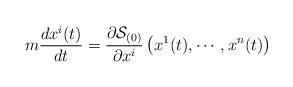
LaTeX: \begin{align*}m\frac{dx^i(t)}{dt} = \frac{\partial\mathcal{S}_{(0)}}{\partial x^i} \left( x^1(t), \cdots , x^n(t)\right)\end{align*}